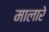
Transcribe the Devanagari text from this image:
मालारे